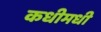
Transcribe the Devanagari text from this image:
कधीमधी